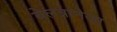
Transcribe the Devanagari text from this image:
बेलत्रानेजा